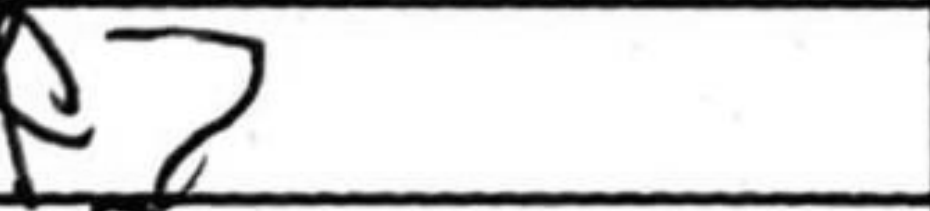
Transcription: Rf7